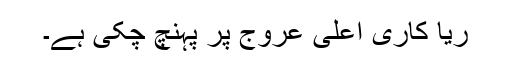
ریا کاری اعلی عروج پر پہنچ چکی ہے۔